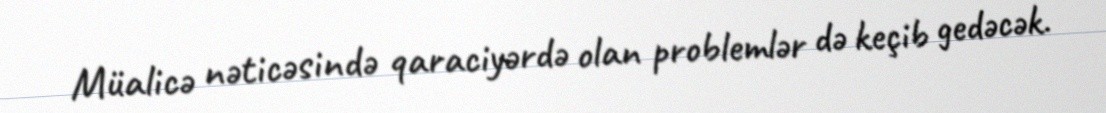
Müalicə nəticəsində qaraciyərdə olan problemlər də keçib gedəcək.